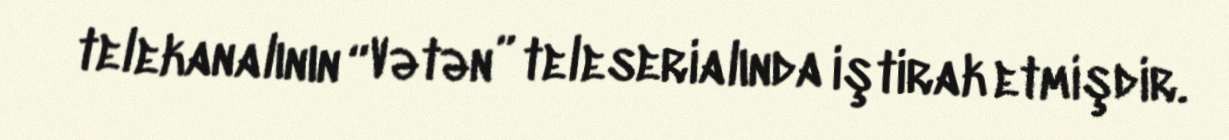
telekanalının “Vətən” teleserialında iştirak etmişdir.